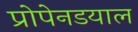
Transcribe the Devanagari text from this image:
प्रोपेनडयाल